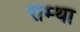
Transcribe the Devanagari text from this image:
राम्था